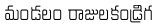
మండలం రాజులకండ్రిగ